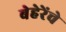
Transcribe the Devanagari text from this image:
बेहेरेंचे